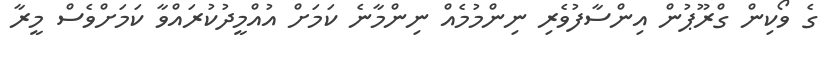
ގެ ވޯކިން ގްރޫޕުން އިންސާފުވެރި ނިންމުމެއް ނިންމާނެ ކަަމަށް އުއްމީދުކުރައްވާ ކަމަށްވެސް މީރާ